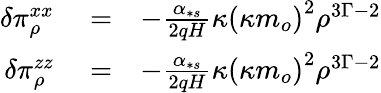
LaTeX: \begin{array}{rlr}{\delta\pi_{\rho}^{xx}}&{{}=}&{-\frac{\alpha_{\ast s}}{2qH}\kappa\left(\kappa m_{o}\right)^{2}\rho^{3\Gamma-2}}\\ {\delta\pi_{\rho}^{zz}}&{{}=}&{-\frac{\alpha_{\ast s}}{2qH}\kappa\left(\kappa m_{o}\right)^{2}\rho^{3\Gamma-2}}\end{array}